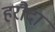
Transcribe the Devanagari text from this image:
हरौदा